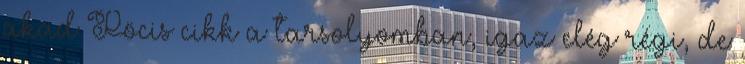
akad Pöcis cikk a tarsolyomban, igaz elég régi, de